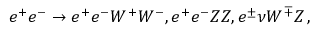
e ^ { + } e ^ { - } \to e ^ { + } e ^ { - } W ^ { + } W ^ { - } , e ^ { + } e ^ { - } Z Z , e ^ { \pm } \nu W ^ { \mp } Z \, ,